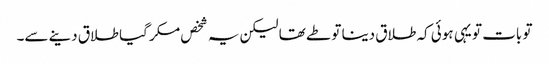
تو بات تو یہی ہوئی کہ طلاق دینا تو طے تھا لیکن یہ شخص مکر گیا طلاق دینے سے۔